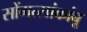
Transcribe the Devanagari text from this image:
सोंगत्सांकांबू